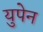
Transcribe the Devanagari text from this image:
युपेन